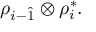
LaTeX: \rho _ { i - \hat { 1 } } \otimes \rho _ { i } ^ { \ast } .